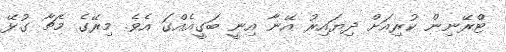
ޓްރޭނިން ކުރިއަށް ދިޔައިރު އޭނާ އިނީ ބަގީއެއްގަ އެވެ. މިރޭގެ މެޗާ ގުޅޭ